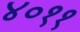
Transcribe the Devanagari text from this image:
४०११